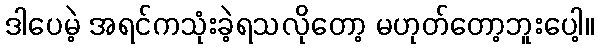
ဒါပေမဲ့ အရင်ကသုံးခဲ့ရသလိုတော့ မဟုတ်တော့ဘူးပေါ့။